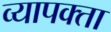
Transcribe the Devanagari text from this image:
व्यापक्ता